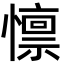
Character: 懔